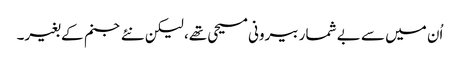
اُن میں سے بے شمار بیرونی مسیحی تھے، لیکن نئے جنم کے بغیر۔